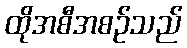
ထိုအစီအစဉ်သည်